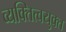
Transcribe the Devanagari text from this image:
व्यक्तित्वयुक्त